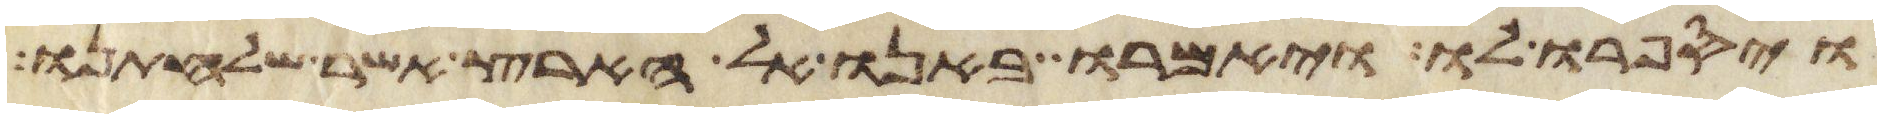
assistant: ויספרו לו ויאמרו באנו אל הארץ אשר שלחתנו